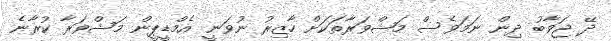
ދޭ ޖަވާބު ދިން ނަމަވެސް މަޝްވަރާތަކަށް ހާޒިރު ނުވަނީ އެމްޑީޕީން މަޝްވަރާ ކުރާނެ